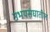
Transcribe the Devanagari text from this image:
उभयसंघातील